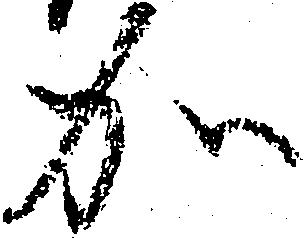
加